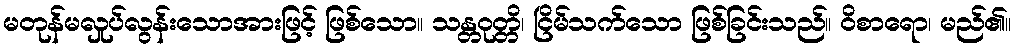
မတုန်မလှုပ်လွန်းသောအားဖြင့် ဖြစ်သော။ သန္တဝုတ္တိ၊ ငြိမ်သက်သော ဖြစ်ခြင်းသည်။ ဝိစာရော၊ မည်၏။